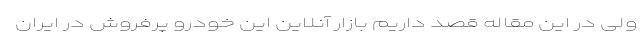
ولی در این مقاله قصد داریم بازار آنلاین این خودرو پرفروش در ایران